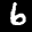
Label: 6